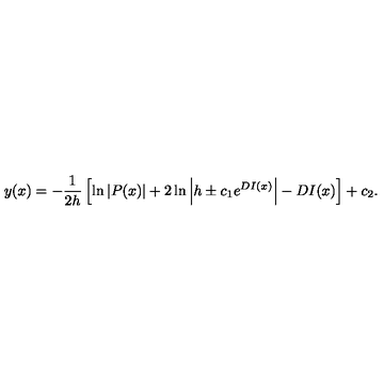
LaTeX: y ( x ) = - \frac { 1 } { 2 h } \left[ \ln { \left| P ( x ) \right| } + 2 \ln { \left| h \pm c _ { 1 } e ^ { D I ( x ) } \right| } - D I ( x ) \right] + c _ { 2 } .